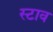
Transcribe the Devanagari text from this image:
स्टाव